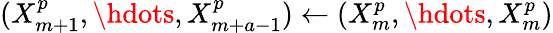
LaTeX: (X_{m+1}^{p},\hdots,X_{m+a-1}^{p})\gets(X_{m}^{p},\hdots,X_{m}^{p})